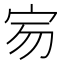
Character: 𡧤